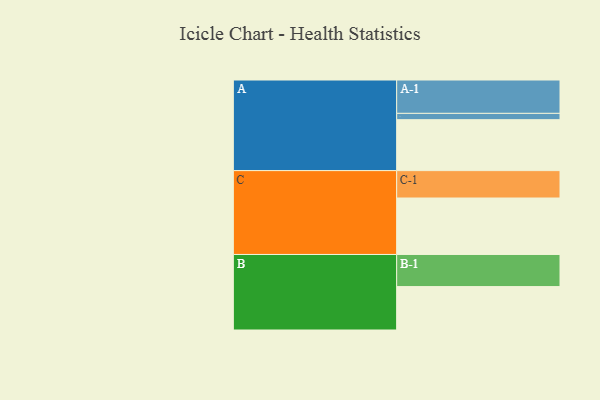
{"axis": {"x": "Segment", "y": "Value"}, "legend": ["", "A", "B", "C"], "data": [{"x": "A", "y": 452, "type": ""}, {"x": "B", "y": 385, "type": ""}, {"x": "C", "y": 501, "type": ""}, {"x": "A-1", "y": 296, "type": "A"}, {"x": "A-2", "y": 56, "type": "A"}, {"x": "B-1", "y": 285, "type": "B"}, {"x": "C-1", "y": 243, "type": "C"}]}